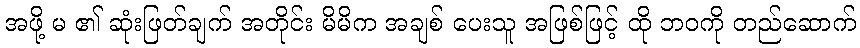
အဖို့ မ ၏ ဆုံးဖြတ်ချက် အတိုင်း မိမိက အချစ် ပေးသူ အဖြစ်ဖြင့် ထို ဘဝကို တည်ဆောက်